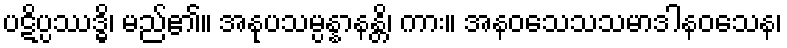
ပဋိပ္ပဿဒ္ဓိ၊ မည်၏။ အနုပသမ္ပန္နာနန္တိ၊ ကား။ အနဝသေသသမာဒါနဝသေန၊